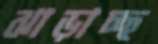
ঝাড়াচ্ছ